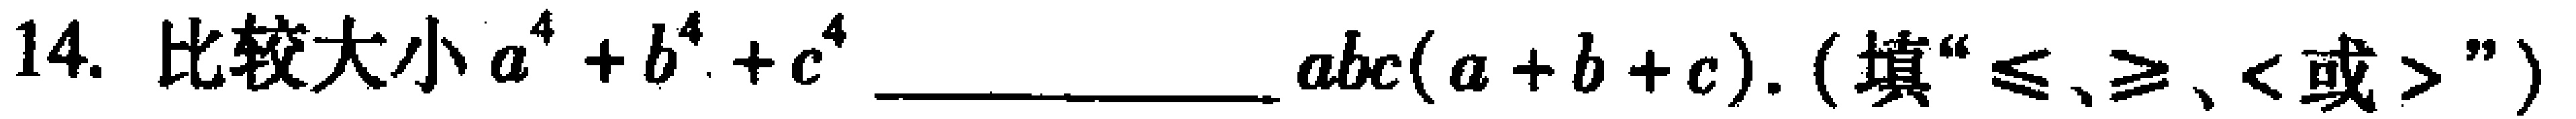
14. 比较大小$a^{4}+b^{4}+c^{4}$__________$abc(a + b + c)$. (填“$\leqslant$、$\geqslant$、$<$或$>$”)